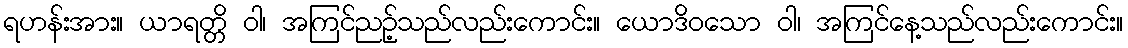
ရဟန်းအား။ ယာရတ္တိ ဝါ၊ အကြင်ညဉ့်သည်လည်းကောင်း။ ယောဒိဝသော ဝါ၊ အကြင်နေ့သည်လည်းကောင်း။